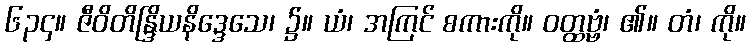
၆၃၄။ ဇီဝိတိန္ဒြိယနိဒ္ဒေသေ၊ ၌။ ယံ၊ အကြင် စကားကို။ ဝတ္ထဗ္ဗံ၊ ၏။ တံ၊ ကို။